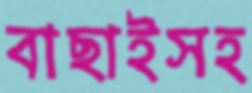
বাছাইসহ